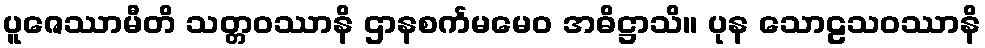
ပူဇေဿာမီတိ သတ္တဝဿာနိ ဌာနစင်္ကမမေဝ အဓိဋ္ဌာသိ။ ပုန သောဠသဝဿာနိ